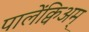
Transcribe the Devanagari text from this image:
पालेंक्विअम्‌